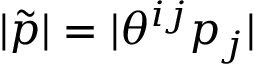
| \tilde { p } | = | \theta ^ { i j } p _ { j } |